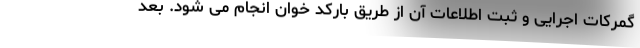
گمرکات اجرایی و ثبت اطلاعات آن از طریق بارکد خوان انجام می شود. بعد